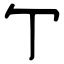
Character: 亇